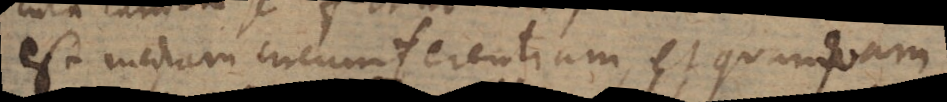
est mediam circumferentiam, et quanquam